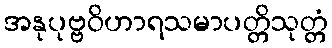
အနုပုဗ္ဗဝိဟာရသမာပတ္တိသုတ္တံ